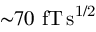
{ \sim } 7 0 ~ \mathrm { f T \, s ^ { 1 / 2 } }